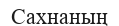
Сахнаның